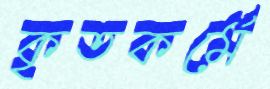
কৃতকর্মে